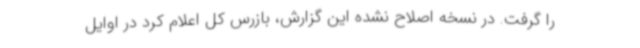
را گرفت. در نسخه اصلاح نشده این گزارش، بازرس کل اعلام کرد در اوایل